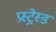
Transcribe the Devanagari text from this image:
प्रस्ट्रेस्ड